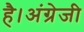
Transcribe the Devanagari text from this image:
है।अंग्रेजी